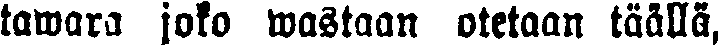
tawara joko wastaan otetaan täällä,